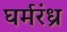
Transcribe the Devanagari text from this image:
घर्मरंध्र